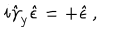
i \hat { \gamma } _ { y } \hat { \epsilon } = + \hat { \epsilon } \, ,